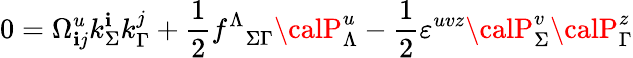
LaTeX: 0=\Omega_{\mathbf{i}j}^{u}k_{\Sigma}^{\mathbf{i}}k_{\Gamma}^{j}+{\frac{{1}}{{2}}}{f^{\Lambda}}_{\Sigma\Gamma}{\calP}_{\Lambda}^{u}-{\frac{{1}}{{2}}}\varepsilon^{uvz}{\calP}_{\Sigma}^{v}{\calP}_{\Gamma}^{z}